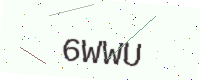
Text: 6WWU